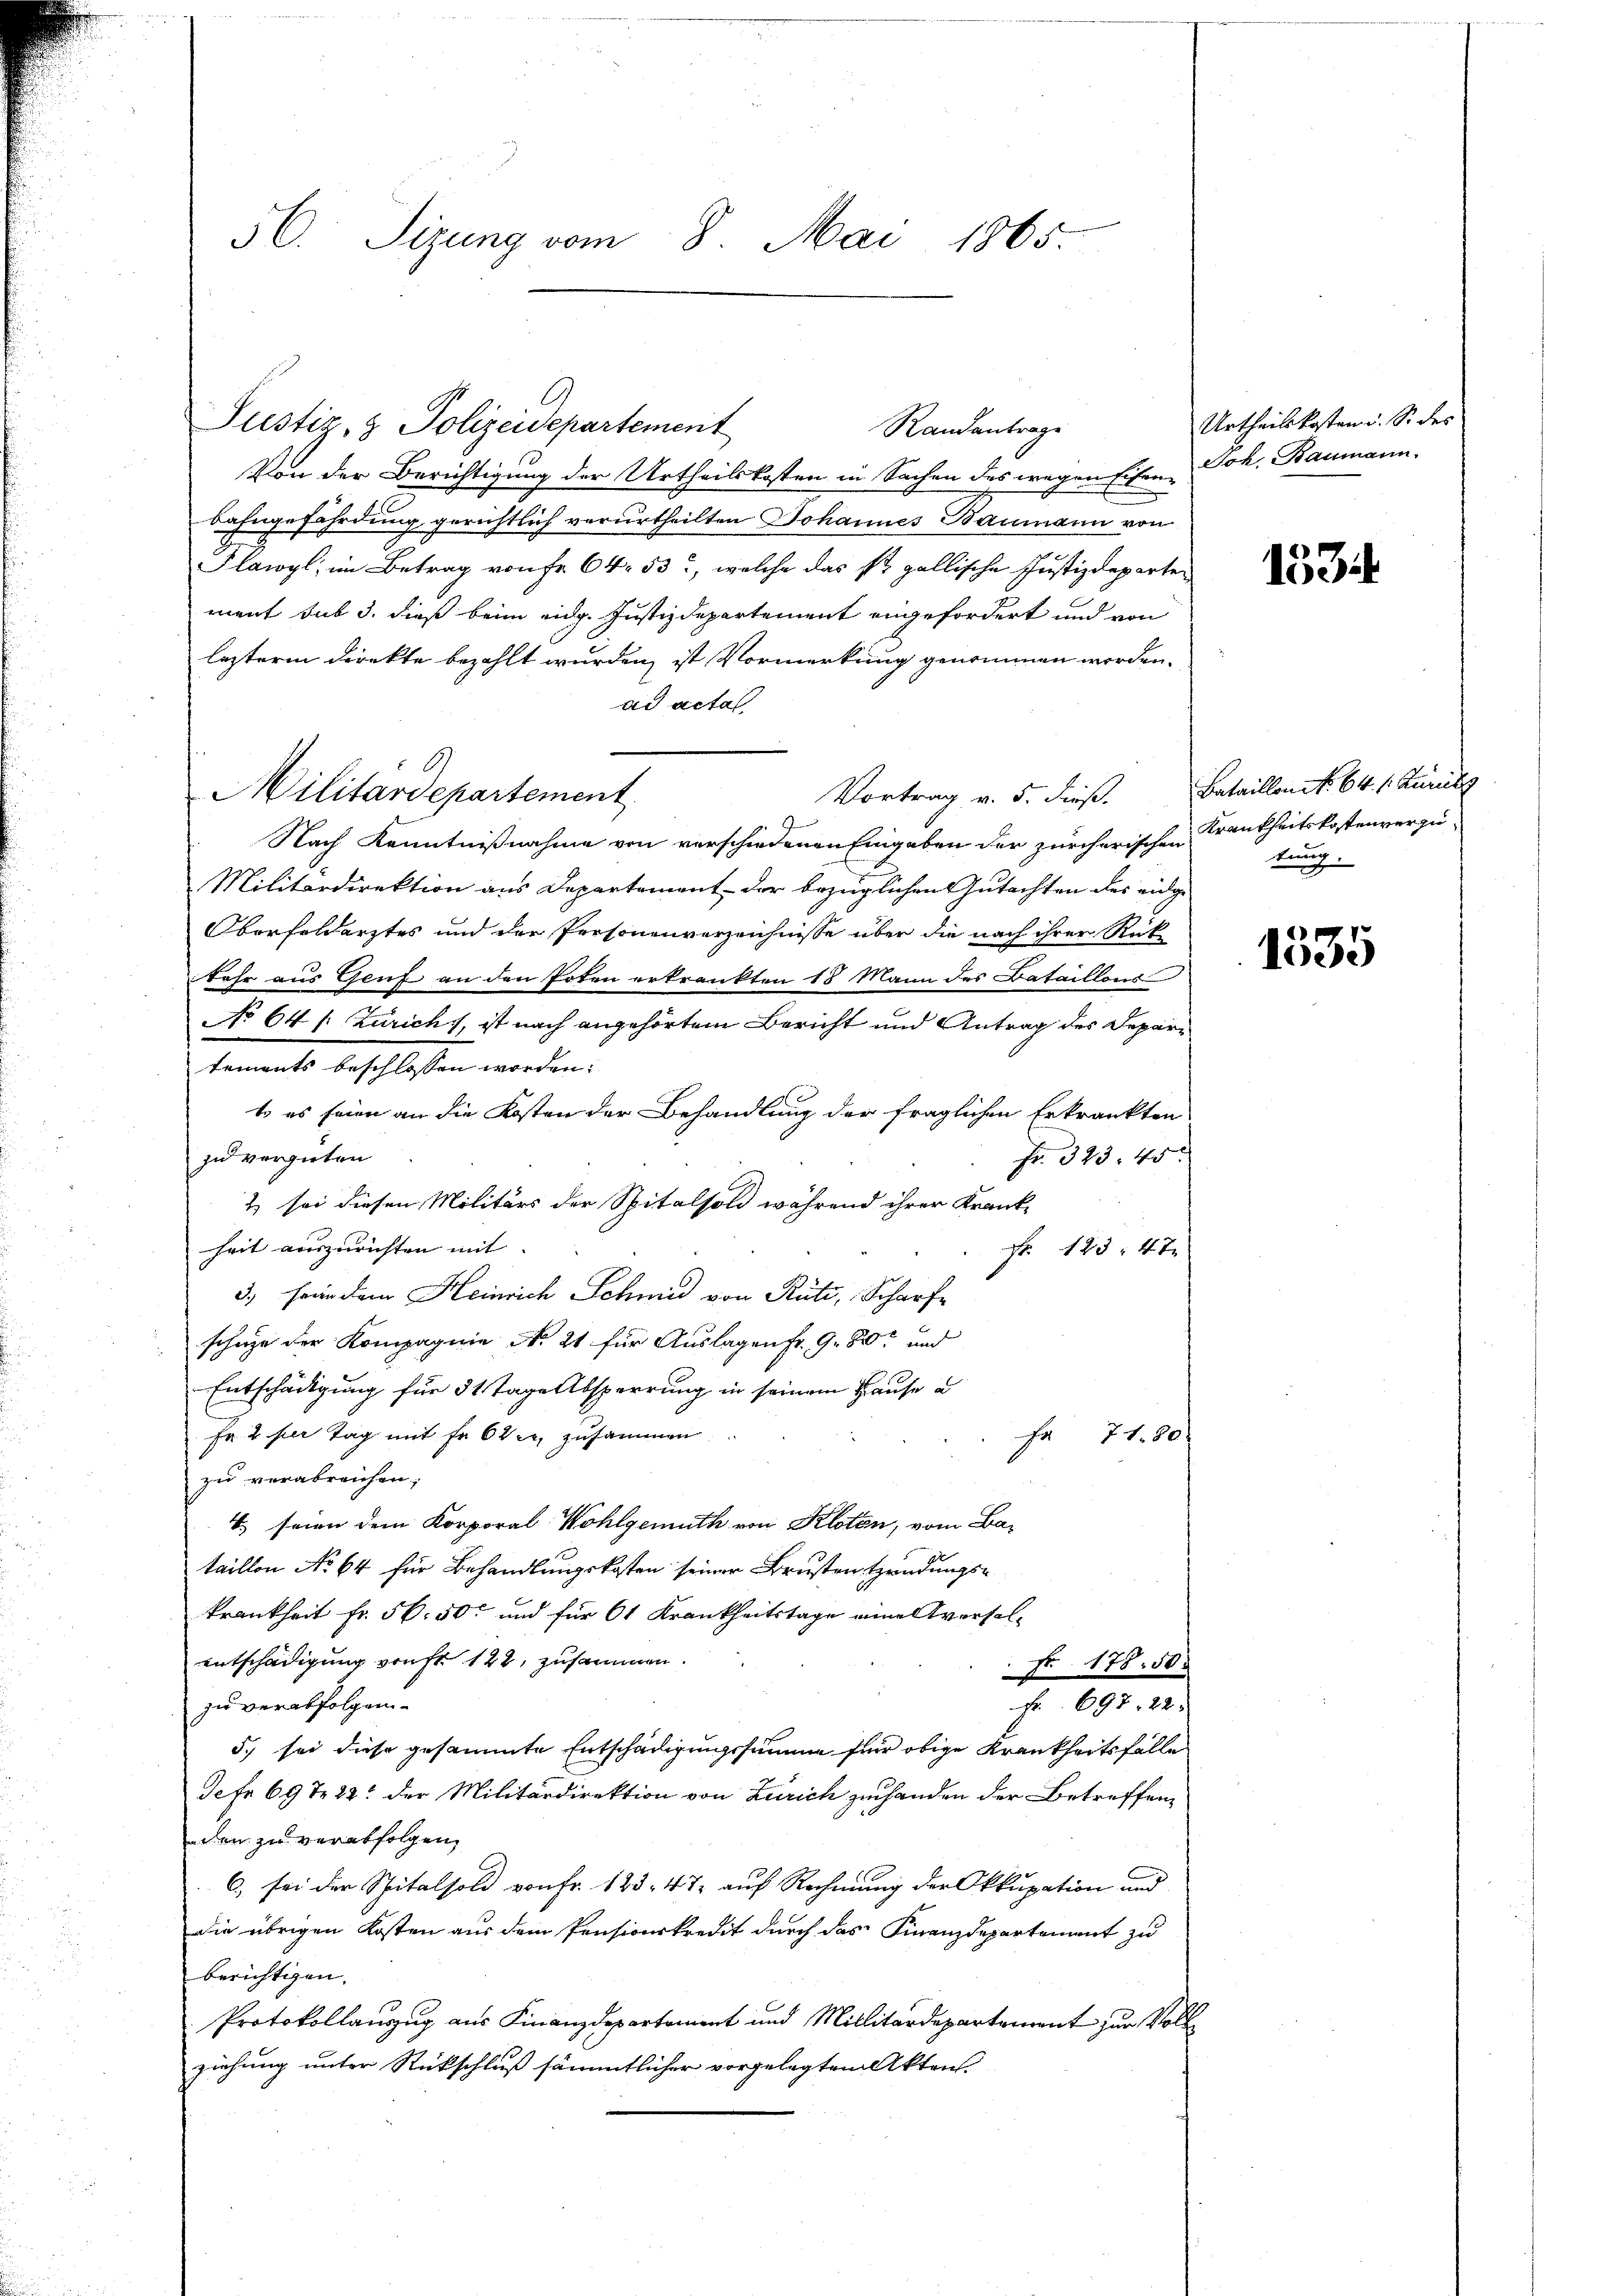
56. Sizung vom 8. Mai 1865.

Justiz & Polizeidepartement
Von der Berichtigung der Urtheilskosten in Sachen des wegen Eisen Joh. Baumann.
bahngefährdung gerichtlich verurtheilten Johannes Baumann von
Flawyl, im Betrag von fr. 64. 53, welche das st. gallische Justizdeparten
ment sub 3. dieß beim eidg. Justizdepartement angefordert und von
lezterm direkte bezahlt wurden, ist Vormerkung genommen worden.
ad acta
O
Militärdepartement
Vortrag v. 5. dieß.
I
Nach Kenntnißnahme von verschiedenen Eingaben der zürcherischen
Militärdirektion aus Departement der bezüglichen Gutachten des eidge
Oberfeldarztes und der Personenverzeichnisse über die nach ihrer Rück
Sehr aus Gruf an den Poten erkrankten 18 Mann des Bataillons
No 64 /: Zürich, ist nach angehörtem Bericht und Antrag des Departements beschlossen worden:
t es seien an die Kosten der Behandlung der fraglichen Erkrankten
zu vergieben
Fr. 323. 45.
& sei diesen Militärs der Spitalsold während ihrer Krank-
heit auszurichten mit |
Fr. 123. 47
3.) sein dem Heinrich Schmid von Rüti, Scharfe
schuze der Kompagnie No. 21 für Auslagen fr. 980 und
Entschädigung für 31 Tage Absperrung in seinem Hause a
Fr. 2 der Tag mit Fr. 6 der zusammen.
F 7180
zu verabreichen;
4. seien dem Korporal Wohlgemuth von Kloten, vom Bataillon No 64 für Behandlungskosten seiner Brusten Hendungskrankheit fr. 56. 50 und für 61 Krankheitstage eine Averselentschädigung ruft. 122, zusammen.
Nr 178. 50.
zu verabfolgen.
Fr. 697. 22.
5. sei diese gesammte Entschädigungssumme für obige Krankheitsfälle
Jefr 697. 22. der Militärdirektion von Zürich zu handen der Betreffenden zu verabfolgen,
6) sei der Spitalsold von Fr. 123. 472 auf Rechnung der Okkupation und
die übrigen Kosten aus dem Pensionskredit durch das Finanzdepartement zu
berichtigen.
Protokollauszug aus Finanzdepartement und Millitärdepartement zur Voll
ziehung unter Rückschluß sämmtlicher vorgelegten Aktens

Randantrage

Urtheilskosten. So des

1534.

Bataillon No 64 f. Zürich
Krankheitskostenverzutung.

1335